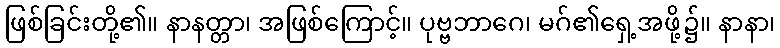
ဖြစ်ခြင်းတို့၏။ နာနတ္တာ၊ အဖြစ်ကြောင့်။ ပုဗ္ဗဘာဂေ၊ မဂ်၏ရှေ့အဖို့၌။ နာနာ၊